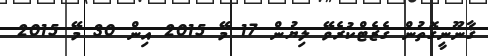
ޤާނޫނީގޮތުން ގެޒެޓްކުރެވޭ ލިޔުން 17 މޭ 2015 އިން 30 މޭ 2015